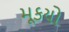
મૂકયો